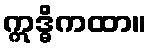
ဣဒ္ဓိကထာ။